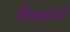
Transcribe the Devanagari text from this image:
चिलमारी